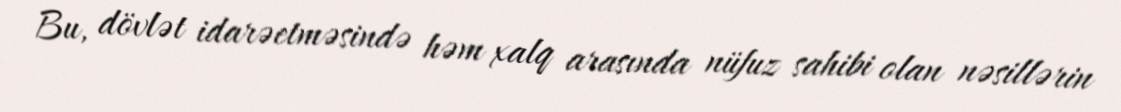
Bu, dövlət idarəetməsində həm xalq arasında nüfuz sahibi olan nəsillərin